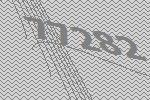
77282